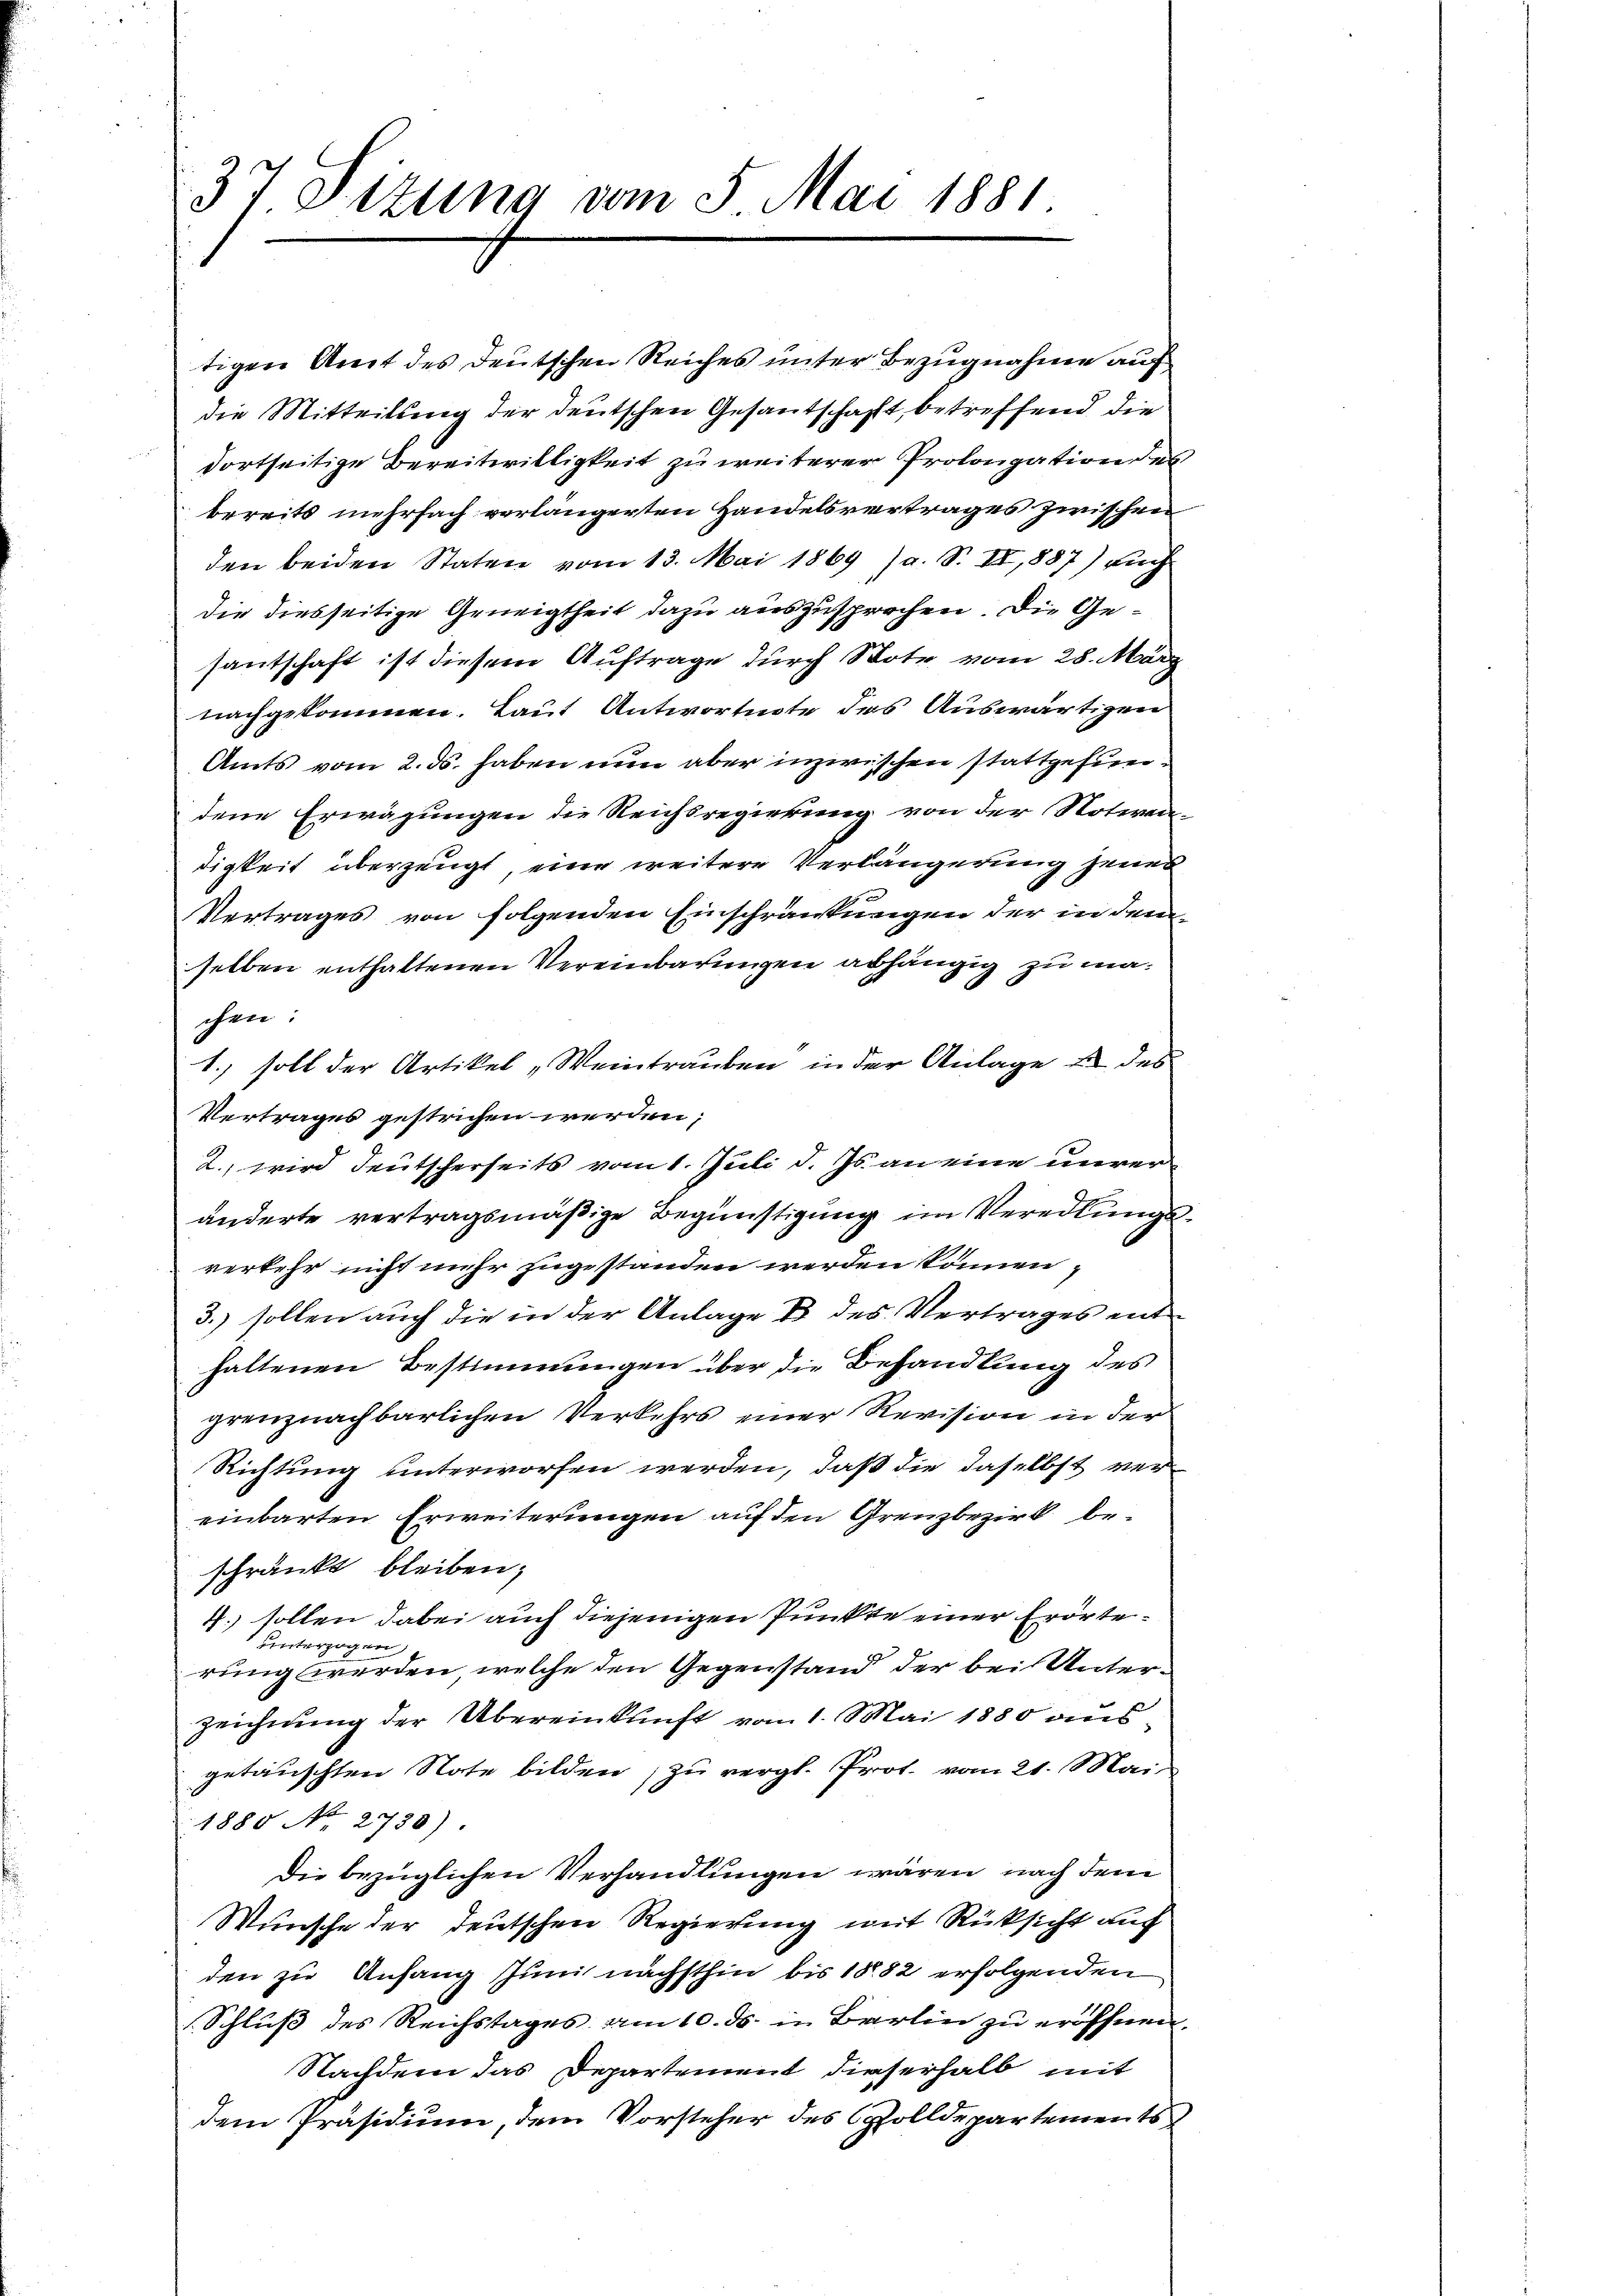
37. Sizung vom 5. Mai 1881.

tigen Amt des Deutschen Reiches unter Bezugnahme auf
die Mitteilung der deutschen Gesantschaft, betreffend die
dortseitige Bereitwilligkeit zu weiterer Prolongation des
bereits mehrfach verlängerten Handelsvertrages zwischen
den beiden Staten vom 13. Mai 1869 (a. S. II, 887) auch
die diesseitige Geneigtheit dazu auszusprochen. Die Gesantschaft ist diesem Auftrage durch Bote vom 28. März
nachgekommen. Laut Antwortuote des Auswärtigen
Amts vom 2. ds. haben nun aber inzwischen stattgefundene Erwägungen die Reichsregierung von der Notwen-
digkeit überzeugt, eine weitere Verlängerung jenes
Vertrages von folgenden Einschränkungen der in dem
selben enthaltenen Vereinbarungen abhängig zu machen:
1. soll der Artikel „Weintrauben in der Anlage u. des
Vertrages gestrichen werden:
2. wird deutscherseits vom 1. Juli d. Js. an eine unveränderte vertragsmäßige Begünstigung im Veredlungsverkehr nicht mehr zugestanden werden können,
3.) sollen auch die in der Anlage B. des Vertrages enthaltenen Bestimmungen über die Behandlung des
grenznachbarlichen Verkehrs einer Revision in der
Richtung unterworfen werden, daß die daselbst vereinbarten Erweiterungen auf den Grenzbezirk beschränkt bleiben;
4. sollen dabei auch diejenigen Punkte einer Erörte¬
Unterzogen
rung werden, welche den Gegenstand der bei Unterzeichnŭng der Übereinkunft vom 1. Mai 1880 aus-
getäuschten Note bilden, zu vergl. Prot. vom 21. Mai
1880 No 2730)
Die bezüglichen Verhandlungen wären, nach dem
Wünsche der deutschen Regierung mit Rücksicht auf
den zu Anfang Juni nächsthin bis 1882 erfolgenden
Schluß des Reichstages am 10. ds. in Barlin zu eröffnen.
Nachdem das Departement dieserhalb mit
dem Präsidium, dem Vorsteher des Solldepartements